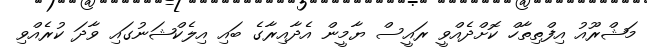
މަޝްރޫއު އިފްތިތާހް ކޮށްދެއްވީ ރައީސް ޔާމީން އެދާއިރާގެ ބައި އިލެކްޝަނުގައި ވާދަ ކުރެއްވި